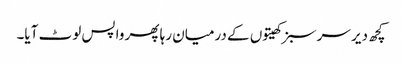
کچھ دیر سرسبز کھیتوں کے درمیان رہا پھر واپس لوٹ آیا۔